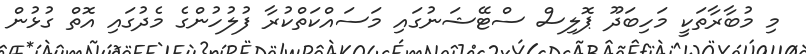
މި މުބާރާތަކީ މަހިބަދޫ ޕޮލިސް ސްޓޭޝަނުގައި މަސައްކަތްކުރާ ފުލުހުންގެ މެދުގައި އޮތް ގުޅުން